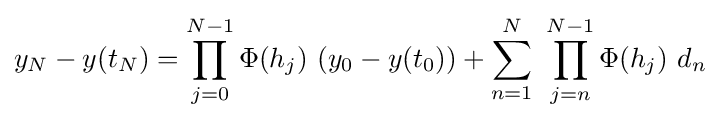
y_{N}-y(t_{N})=\prod _{j=0}^{N-1}\Phi (h_{j})\ (y_{0}-y(t_{0}))+\sum _{n=1}^{N}\ \prod _{j=n}^{N-1}\Phi (h_{j})\ d_{n}